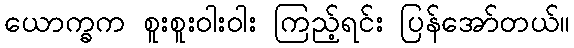
ယောက္ခက စူးစူးဝါးဝါး ကြည့်ရင်း ပြန်အော်တယ်။